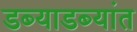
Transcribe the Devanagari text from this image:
डब्याडब्यांत